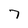
Character: 7